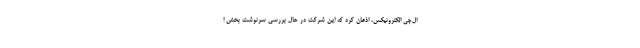
ال‌جی الکترونیکس، اذعان کرد که این شرکت در حال بررسی سرنوشت بخش ا